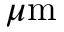
\mu \mathrm { m }